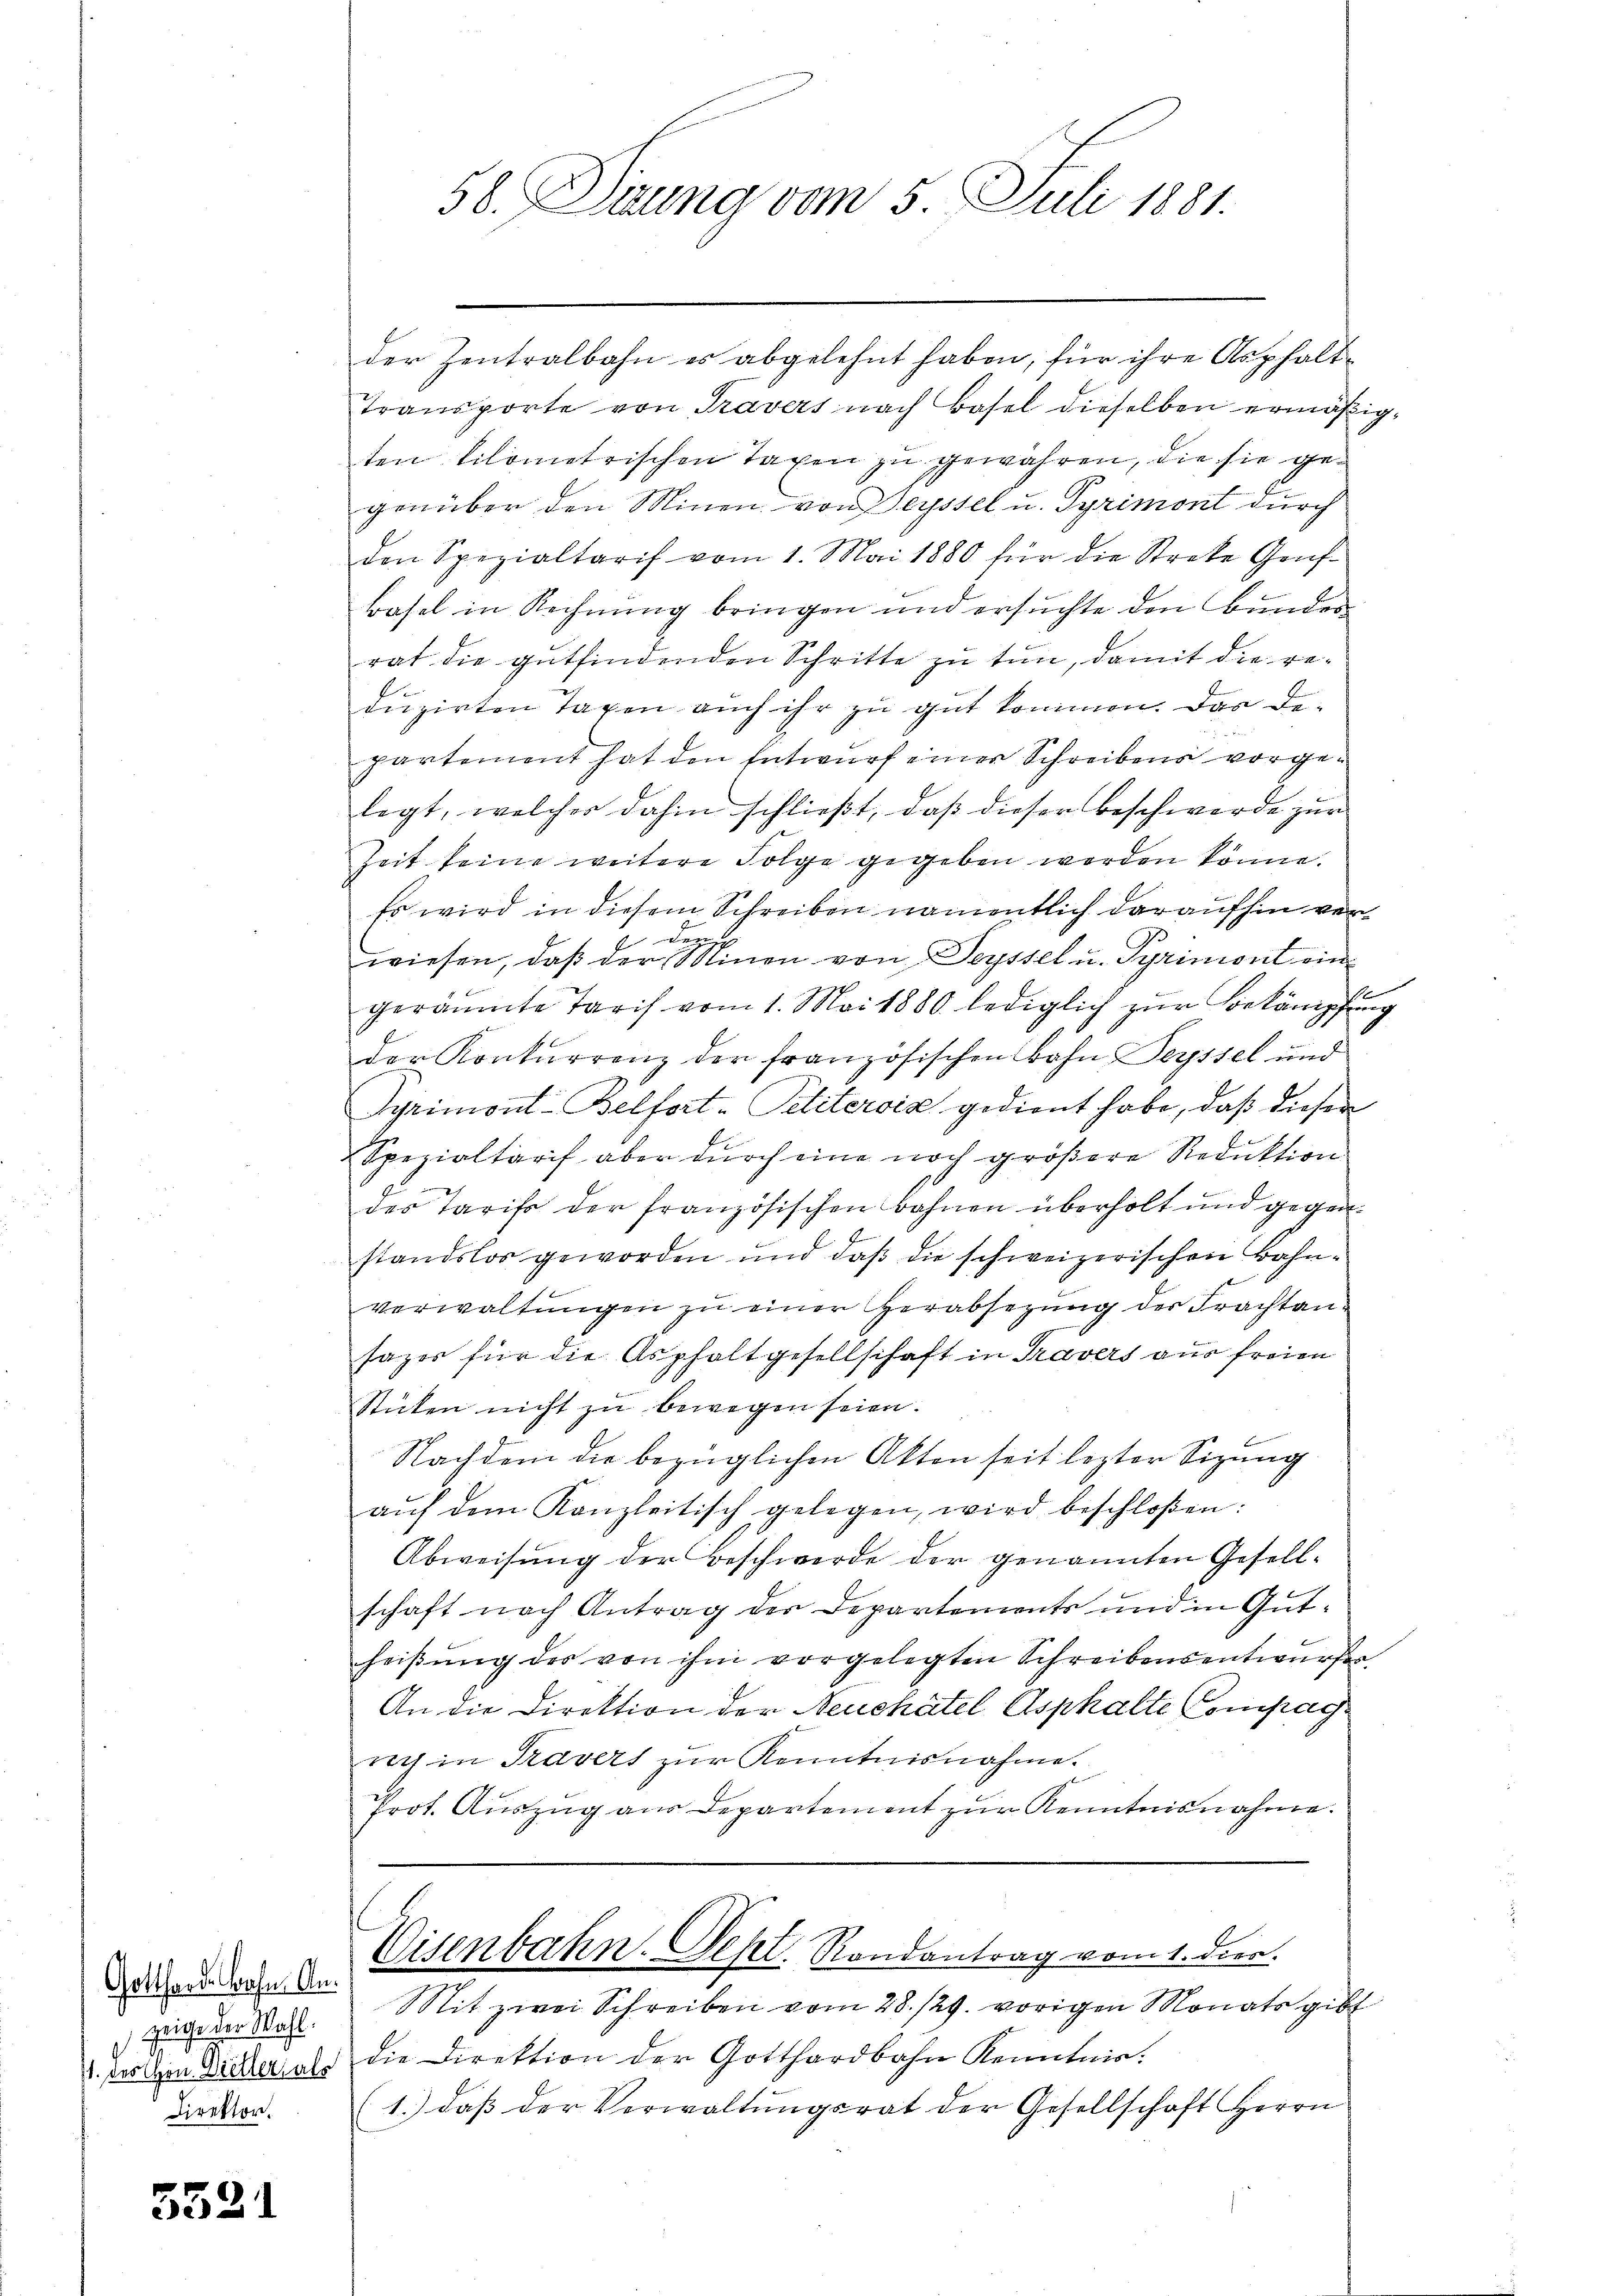
Gotthard. Bahn Anzeige der Wahl.
Direktor.

5521

58. Suung vom 5. Juli 1881.

der Zentralbahn es abgelehnt haben, für ihre Asphalt¬
Transporte von Travers nach Basel dieselben ermäßigten Kilometrischen Taxen zu gewähren, die sie gegenüber den Minen von Beyssel u. Syrimont durch
den Spezialtarif vom 1. Mai 1880 für die Streke Genf-
Basel in Rechnung bringen und ersuchte den Bundesrat die gutfindenden Schritte zu tun, damit die reduzirten Tagen auch ihr zu gut kommen. Das De-
partement hat den Entwurf einer Schreibens vorgelegt, welcher dahin schließt, daß dieser Beschwerde zur
Zeit keine weitere Folge gegeben worden könne.
Es wird in diesem Schreiben namentlich daraufhin verwiesen, daß der einen von Seyssel u. Syrimont eingeräumte Tarif vom 1. Mai 1880 lediglich zur Bekämpfung
der Konkurrenz der französischen Bahn Beyssel und
Gyrimont-Belfort-Pelitervia gedient habe, daß diesen
Spezialtarif aber durch eine noch größere Reduktion
des Tarifs der französischen Bahnen überholt und gegenstandslos geworden und daß die schweizerischen Bahnverwaltŭngen zŭ einer Herabsetzŭng der Frachtan-
sazer für die Asphaltgesellschaft in Travers aus freien
Stücken nicht zu bewegen seien.
Nachdem die bezüglichen Akten seit lezter Sitzung
aŭf dem Kanzleitisch gelegen, wird beschloßen:
Abweisung der Beschwerde der genannten Gesellschaft nach Antrag der Departements und in Gutheißung des von ihm vorgelegten Schreibensentwurfes
An die Direktion der Neuchâtel Asphalte Compag
nch in Travers zur Kenntnisnahme.
Prot. Auszug aus Departement zur Kenntnisnahme.
Eisenbahn. Sept. Randantrag vom 1. dies.
Mit zwei Schreiben vom 28./29. vorigen Monats gibt
1. wollen Dicker als die Direktion der Gotthardbahn Kenntnis.
(1. daβ der Verwaltŭngsrat der Gesellschaft Herrn